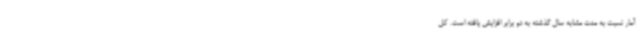
آمار نسبت به مدت مشابه سال گذشته به دو برابر افزایش یافته است. کل